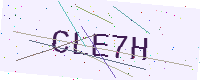
Text: CLE7H